Vaccination in Burma 1900-1911 - 1900-1911
Year: 1900
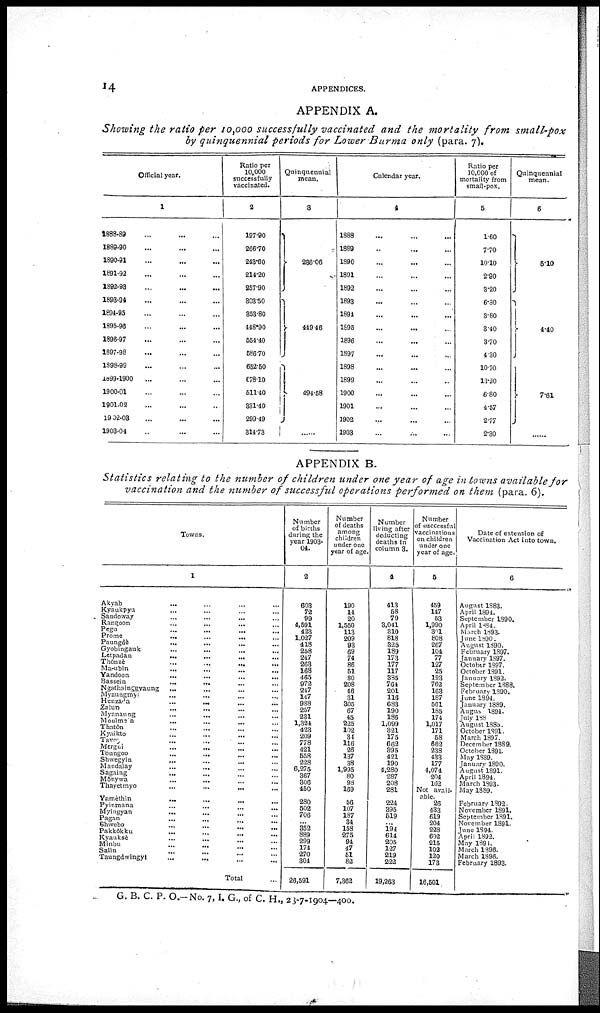
14
APPENDICES.
APPENDIX A.
Showing the ratio per 10,000 successfully vaccinated and the mortality from small-pox
by quinquennial periods for Lower Burma only (para. 7).
Official year.
1
1888-89... ... ...
1889-00... ... ...
1890-91... ... ...
1891-92... ... ...
1892-98... ... ...
1893-94... ... ...
1894-95... ... ...
1895-96... ...
1896-97... ... ...
1897-98... ... ...
1398-99... ... ...
1899-1900... ... ...
1900-01... ... ...
1901-09... ... ...
1902-08... ... ...
1903-04... ... ...
Ratio per
10,000
successfully
vaccinated.
2
197.90
266.70
243.60
214.20
257.90
803.50
853.80
448.90
654.40
586.70
652.50
678.10
511.40
331.40
299.49
314.73
Quinquennial
mean.
3
286.06
449.46
494.58
......
Calendar year.
4
1888... ... ...
1889... ... ...
1890... ... ...
1891... ... ...
1892... ... ...
1893... ...
1894... ...
1895... ... ...
1896... ... ...
1897... ... ...
1898... ... ...
1899... ... ...
1900... ... ...
1901... ... ...
1902... ... ...
1903... ... ...
Ratio per
10,000 of
mortality from
small-pox.
5
1.60
7.70
10.10
2.90
8.20
6.30
3.80
3.40
3.70
4.30
10.70
13.20
6.80
4.57
2.77
2.30
Quinquennial
mean.
6
5.10
4.40
7.61
......
APPENDIX B.
Statistics relating to the number of children under one year of age in towns available for
vaccination and the number of successful operations performed on them (para. 6).
Towns.
1
Akyab... ... ...
Kyaukpyu... ... ...
Sandoway...
...
...
Rangoon...
...
...
...
Pegu... ... ... ...
Prome...
...
...
...
Paungdè... ... ... ...
Gyobingauk... ... ... ... ...
Letpadan...
...
...
...
...
Thônze... ... ... ...
Ma-ubin... ... ... ...
Yandoon...
...
...
...
...
Bassein...
...
...
...
Ngathainggyaung... ... ... ...
Myaungmy...
...
...
...
Henzada... ... ...
Zalun... ... ...
Myanaung... ... ...
Moulmein... ... ...
Thatôn... ... ... ...
Kyaikto... ... ... ...
Tavo... ... ... ... ...
Mergui
...
...
...
...
Toungoo...
...
...
...
Shwegyin... ... ... ...
Mandalay... ... ... ...
Sagaing... ... ... ...
Monywa...
...
...
Thayetmyo...
...
...
Yamèthin... ... ...
Pyinmana... ... ...
Myingyan... ... ...
Pagan... ... ...
Shwebo...
...
...
...
Pakkôkku...
...
...
Kyauksè...
...
...
Minbu... ... ...
Satin ... ... ...
Taungdwingy... ... ...
Total...
Number
of births
during the
year 1903-
04.
2
603
72
99
4,591
423
1,027
418
258
247
263
168
465
972
247
147
938
257
231
1,324
423
209
778
421
558
228
6,275
367
306
450
280
502
706
...
352
889
299
174
270
304
26,591
Number
of deaths
among
children
under one
year of age.
3
190
14
20
1,550
113
209
93
69
74
86
51
80
208
46
31
305
67
45
225
102
34
116
26
137
38
1,995
80
98
169
56
107
187
34
158
275
94
47
51
82
7,362
Number
living after
deducting
deaths in
column 3.
4
413
58
79
3,041
310
818
325
189
173
177
117
335
764
201
116
683
190
186
1,099
321
175
662
895
421
190
4,280
287
208
281
224
395
619
...
194
614
205
127
219
222
19,263
Number
of successful
vaccinations
on children
under one
year of age.
5
459
147
53
1,990
301
808
267
104
77
127
25
193
762
163
187
561
185
174
1,017
171
58
662
238
433
177
4,074
204
162
Not avail-
----- 26
433
619
204
228
602
215
102
120
173
16,501
Date of extension of
Vaccination Act into town.
6
August 1883.
April 1894.
September 1890.
April 1884.
March 1893.
J une 1890.
August 1890.
February 1897.
January 1897.
October 1897.
October 1891.
January 1892.
September 1888.
February 1890.
June 1894.
January 1889.
Augns 1894.
July 138
August 1885.
October 1891.
March 1897.
December 1889.
October 1891.
May 1889.
January 1890.
August 1891.
April 1894.
March 1893.
May 1889.
February 1892.
November 1891.
September 1891.
November 1891.
June 1894.
April 1892.
May 1894.
March 1896.
March 1896.
February 1893.
G. B. C. P. O.—No. 7,I. G., of C. H., 23-7-1904—400.